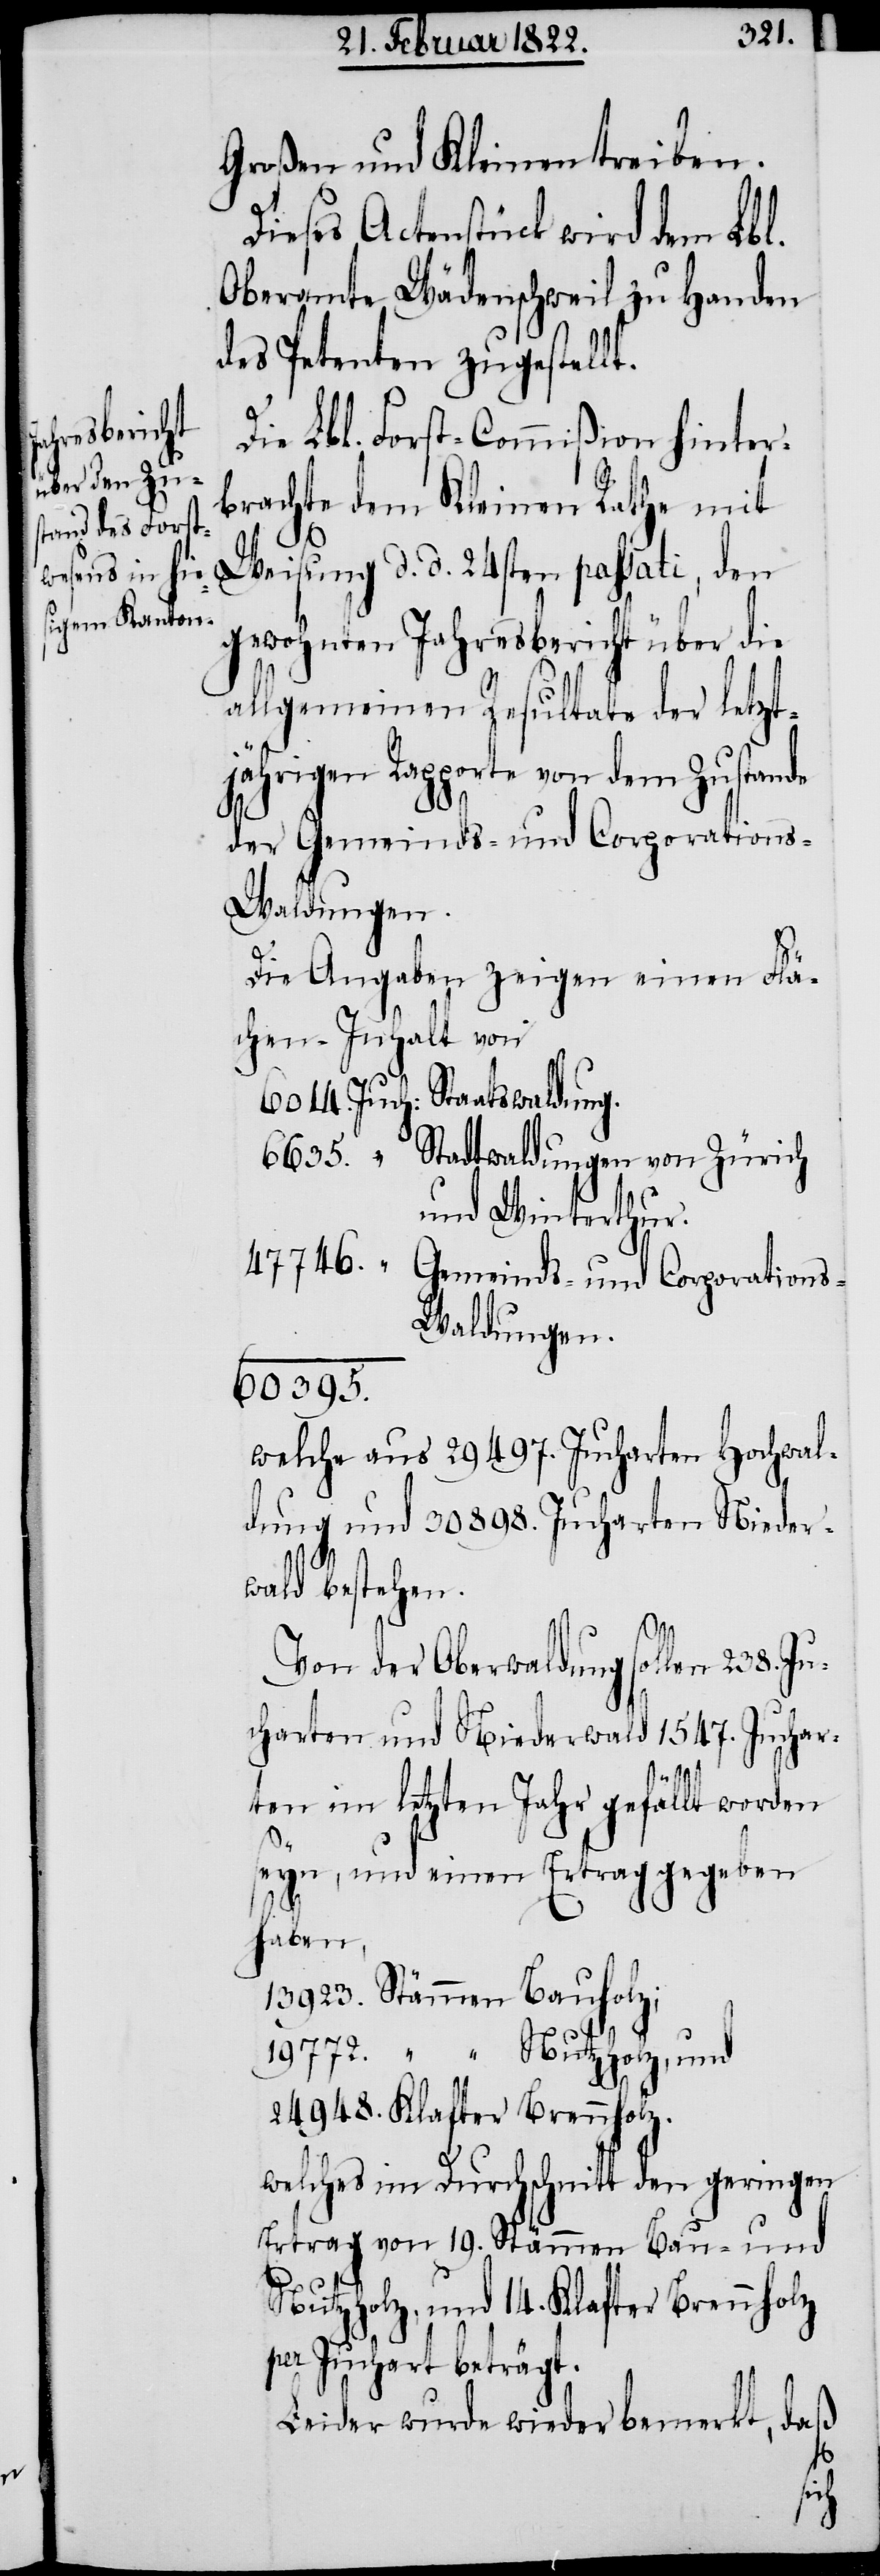
Großen und Kleinen treiben.
Dieses Actenstück wird dem Lbl.
Oberamte Wädenschweil zu Handen
des Petenten zugestellt.
Die Lbl. Forst-Commißion hinter¬
brachte dem Kleinen Rathe mit
Weisung d. d. 24sten passati, den
gewohnten Jahresbericht über die
allgemeinen Resultate der letzt¬
jährigen Rapporte von dem Zustande
der Gemeinds- und Corporation¬
s-Waldungen.
Die Angaben zeigen einen Flä¬
chen-Inhalt von
6014. Juch: Staatswaldung.
Stadtwaldungen von Zürich
6635. “
und Winterthur.
47746.
Gemeinds- und Corporation¬
s-Waldungen.
60395.
welche aus 29497. Jucharten Hochwal¬
dung und 30898. Jucharten Nieder¬
wald bestehen.
Von der Oberwaldung sollen 238. Ju¬
charten und Niederwald 1547. Juchar¬
ten im letzten Jahr gefällt worden
seyn, und einen Ertrag gegeben
haben,
13923. Stämmen Bauholz;
19772. “ Nutzholz, und
24948. Klafter Brennholz.
welches im Durchschnitt den geringen
Ertrag von 19. Stämmen Bau- und
Nutzholz, und 14. Klafter Brennholz
per Juchart beträgt.
Leider wurde wieder bemerkt, daß